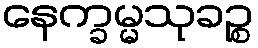
နေက္ခမ္မသုခဉ္စ